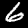
Digit: 6